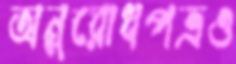
অনুরোধপত্রও